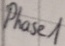
Text: Phase1